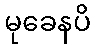
မုခေနပိ